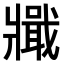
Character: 𤖞